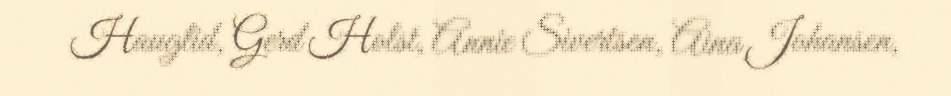
Hauglid, Gerd Holst, Annie Sivertsen, Aina Johansen,